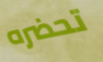
تحضره